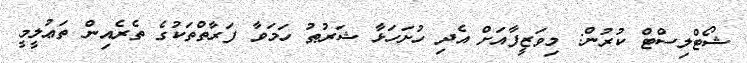
ޝޯޓްލިސްޓް ކުރުން: މިވަޒީފާއަށް އެދި ހުށަހަޅާ ޝަރުޠު ހަމަވާ ފަރާތްތަކުގެ ތެރެއިން ތަޢުލީމީ